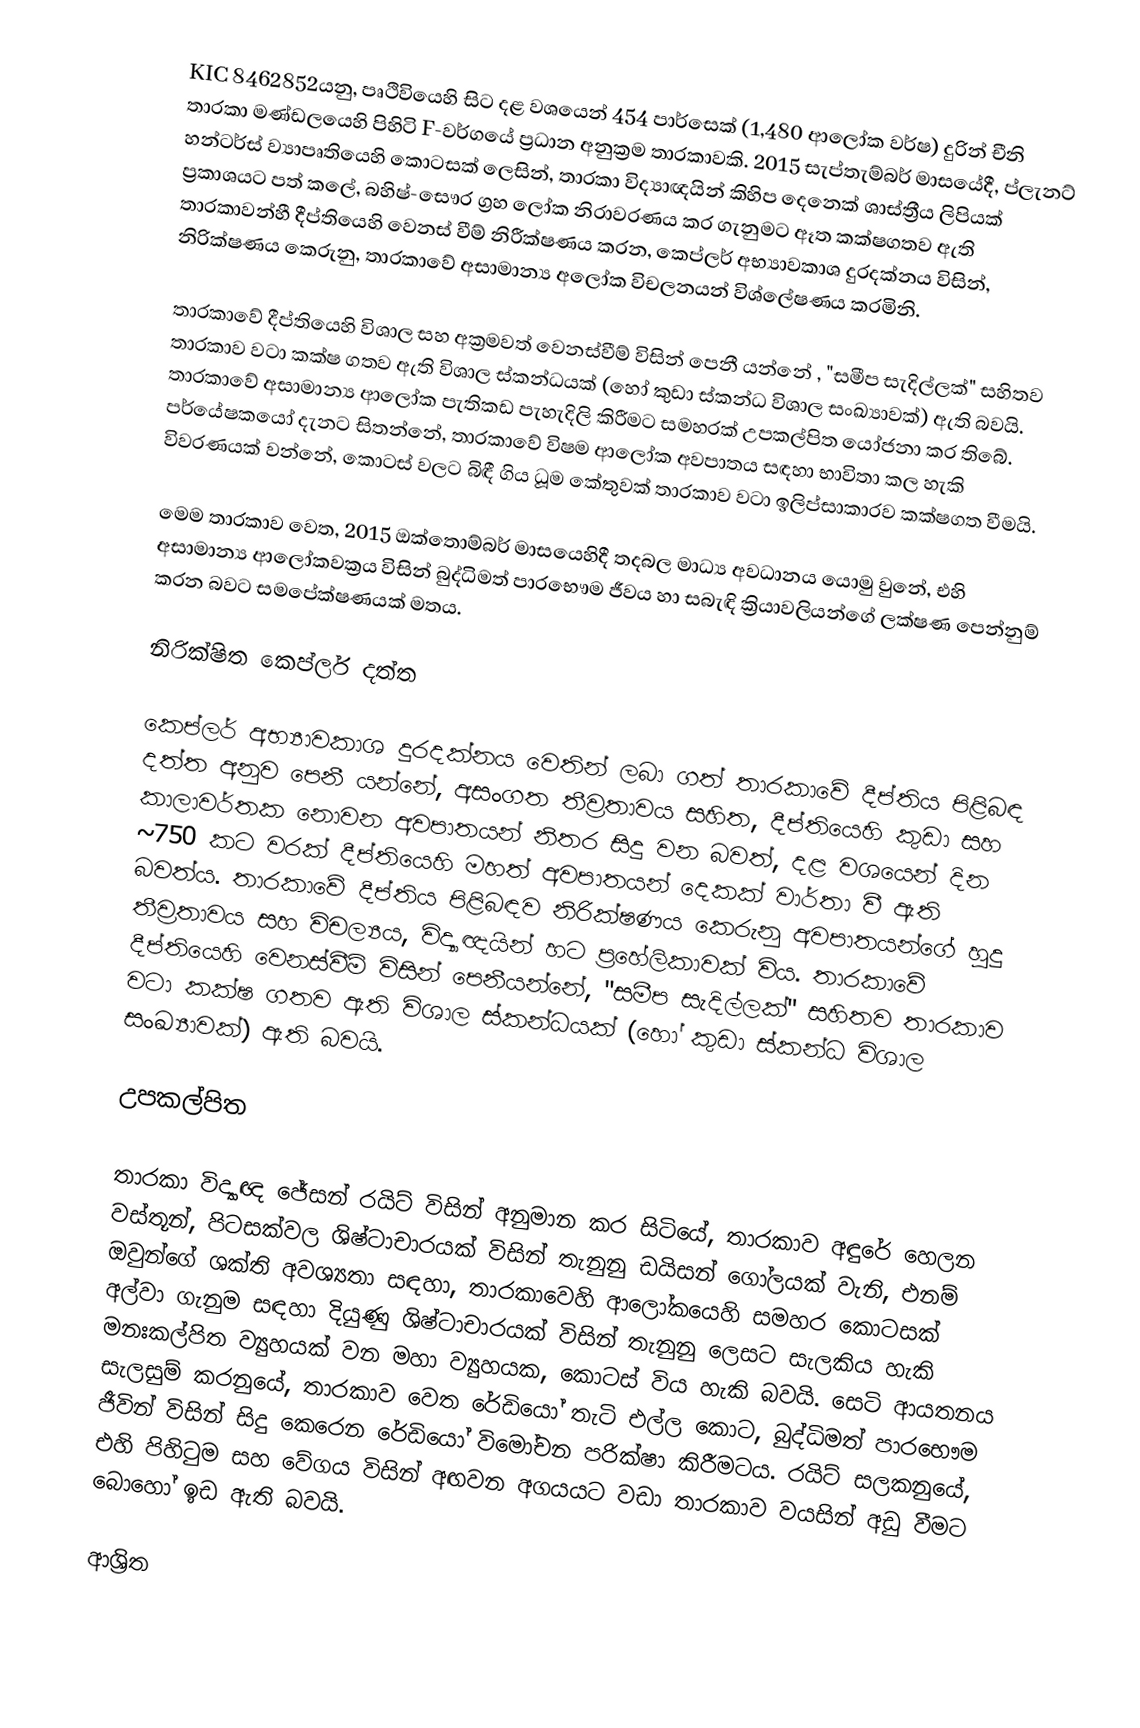
KIC 8462852යනු, පෘථිවියෙහි සිට දළ වශයෙන් 454 පාර්සෙක් (1,480 ආලෝක වර්ෂ) දුරින් චීනි  තාරකා මණ්ඩලයෙහි පිහිටි  F-වර්ගයේ ප්‍රධාන අනුක්‍රම තාරකාවකි. 2015 සැප්තැම්බර් මාසයේදී, ප්ලැනට් හන්ටර්ස් ව්‍යාපෘතියෙහි කොටසක් ලෙසින්,  තාරකා විද්‍යාඥයින් කිහිප දෙනෙක් ශාස්ත්‍රීය ලිපියක් ප්‍රකාශයට පත් කලේ,   බහිෂ්-සෞර ග්‍රහ ලෝක නිරාවරණය කර ගැනුමට ඈත කක්ෂගතව ඇති තාරකාවන්හී දීප්තියෙහි වෙනස් වීම් නිරීක්ෂණය කරන,  කෙප්ලර් අභ්‍යාවකාශ දුරදක්නය විසින්, නිරික්ෂණය කෙරුනු,  තාරකාවේ අසාමාන්‍ය අලෝක විචලනයන් විශ්ලේෂණය කරමිනි.

තාරකාවේ දීප්තියෙහි විශාල සහ අක්‍රමවත් වෙනස්වීම් විසින් පෙනී යන්නේ , "සමීප සැදිල්ලක්" සහිතව තාරකාව වටා කක්ෂ ගතව ඇති විශාල ස්කන්ධයක් (හෝ කුඩා ස්කන්ධ විශාල සංඛ්‍යාවක්) ඇති බවයි.  තාරකාවේ අසාමාන්‍ය ආලෝක පැතිකඩ පැහැදිලි කිරීමට සමහරක් උපකල්පිත යෝජනා කර තිබේ. පර්යේෂකයෝ දැනට සිතන්නේ, තාරකාවේ විෂම ආලෝක අවපාතය සඳහා  භාවිතා කල හැකි  විවරණයක් වන්නේ, කොටස් වලට බිඳී ගිය ධූම කේතුවක් තාරකාව වටා ඉලිප්සාකාරව කක්ෂගත වීමයි.

මෙම තාරකාව වෙත, 2015 ඔක්තොම්බර් මාසයෙහිදී තදබල මාධ්‍ය අවධානය යොමු වුනේ, එහි අසාමාන්‍ය   ආලෝකවක්‍රය විසින් බුද්ධිමත් පාරභෞම ජීවය හා සබැඳි ක්‍රියාවලියන්ගේ ලක්ෂණ පෙන්නුම් කරන බවට සමපේක්ෂණයක් මතය.

නිරික්ෂිත කෙප්ලර් දත්ත

කෙප්ලර් අභ්‍යාවකාශ දුරදක්නය වෙතින් ලබා ගත් තාරකාවේ දීප්තිය පිළිබඳ දත්ත අනුව පෙනී යන්නේ,  අසංගත තීව්‍රතාවය සහිත,  දීප්තියෙහි කුඩා සහ කාලාවර්තක නොවන  අවපාතයන් නිතර සිදු වන බවත්, දළ වශයෙන් දින ~750 කට වරක් දීප්තියෙහි මහත් අවපාතයන් දෙකක් වාර්තා වී ඇති බවත්ය.  තාරකාවේ දීප්තිය පිළිබඳව නිරික්ෂණය කෙරුනු අවපාතයන්ගේ හුදු තීව්‍රතාවය සහ විචල්‍යය, විද්‍යාඥයින් හට ප්‍රහේලිකාවක් විය. තාරකාවේ දීප්තියෙහි වෙනස්වීම් විසින් පෙනීයන්නේ, "සමීප සැදිල්ලක්" සහිතව තාරකාව වටා කක්ෂ ගතව ඇති විශාල ස්කන්ධයක් (හෝ කුඩා ස්කන්ධ විශාල සංඛ්‍යාවක්) ඇති බවයි.

උපකල්පිත

තාරකා විද්‍යාඥ ජේසන් රයිට් විසින් අනුමාන කර සිටියේ, තාරකාව අඳුරේ හෙලන වස්තූන්,   පිටසක්වල ශිෂ්ටාචාරයක් විසින් තැනුනු  ඩයිසන් ගෝලයක් වැනි, එනම් ඔවුන්ගේ ශක්ති අවශ්‍යතා සඳහා, තාරකාවෙහි ආලෝකයෙහි සමහර කොටසක් අල්වා ගැනුම සඳහා දියුණු ශිෂ්ටාචාරයක් විසින් තැනුනු ලෙසට සැලකිය හැකි මනඃකල්පිත ව්‍යුහයක් වන  මහා ව්‍යුහයක,   කොටස් විය හැකි බවයි.  සෙටි ආයතනය සැලසුම් කරනුයේ, තාරකාව වෙත රේඩියෝ තැටි එල්ල කොට, බුද්ධිමත් පාරභෞම ජීවින් විසින් සිදු කෙරෙන රේඩියෝ විමෝචන පරික්ෂා කිරීමටය. රයිට් සලකනුයේ, එහි පිහිටුම සහ වේගය විසින් අඟවන අගයයට වඩා තාරකාව වයසින් අඩු වීමට බොහෝ ඉඩ ඇති බවයි.

ආශ්‍රිත